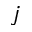
j